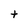
Character: t